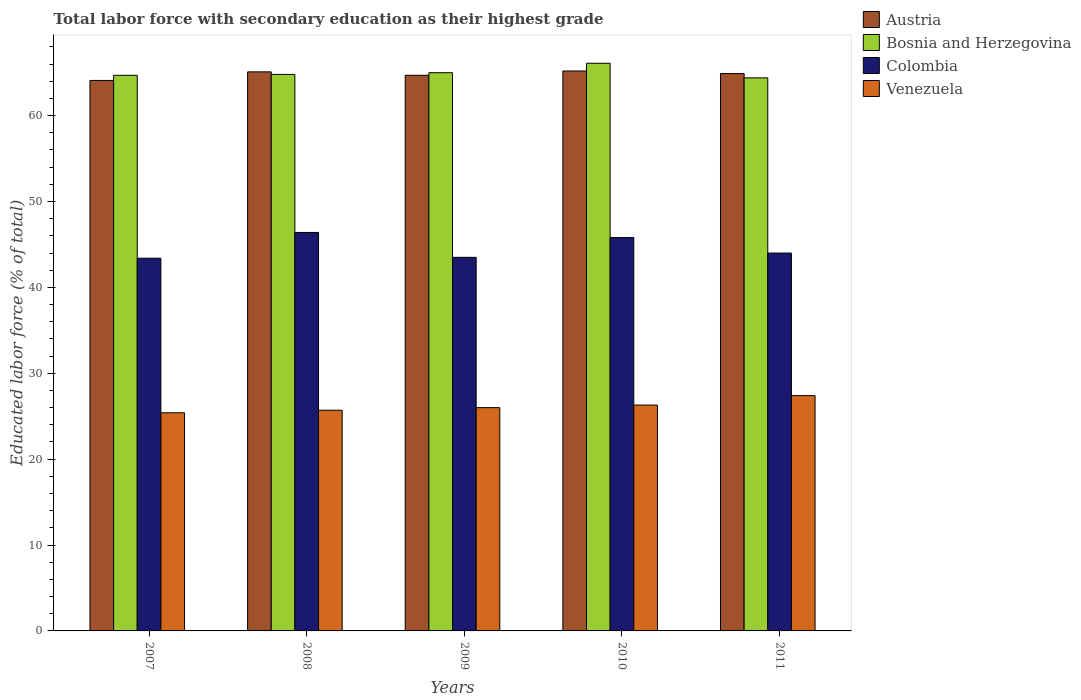
| Years | Austria | Bosnia and Herzegovina | Colombia | Venezuela |
 | --- | --- | --- | --- | --- |
 | 2007 | 64.1 | 64.7 | 43.4 | 25.4 |
 | 2008 | 65.1 | 64.8 | 46.4 | 25.7 |
 | 2009 | 64.7 | 65 | 43.5 | 26 |
 | 2010 | 65.2 | 66.1 | 45.8 | 26.3 |
 | 2011 | 64.9 | 64.4 | 44 | 27.4 |